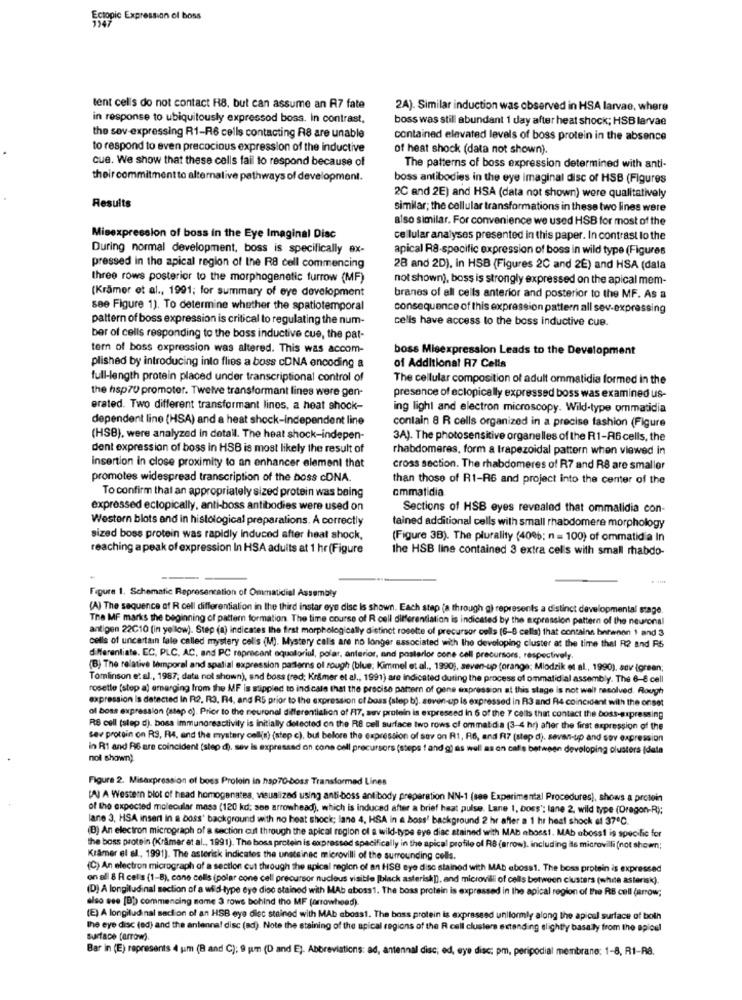
Ectopic Expression of boss
tent cells do not contact R8, but can assume an A7 fate
2A). Similar induction was observed in HSA larvae, where
in response to ubiquitously expressod boss. In contrast,
boss was still abundant 1 day after heat shock; HSB larvae
the sov expressing R1-R6 cells contacting R8 are unable
contained elevated levels of boss protein in the absence
to respond to even precocious expression of the inductive
of heat shock (data not shown).
cue. We show that these cells fail to respond because of
The patterns of boss expression determined with anti-
their commitment to alternalive pathways of development.
boss antibodies in the eye imaginal disc of HSB (Figures
2C and 2E) and HSA (data not shown) were qualitatively
Results
similar; the cellular transformations in these two lines were
also similar. For convenience we used HSB for most of the
Misexpression of boss in the Eye Imaginal Disc
cellular analyses presented in this paper. In contrast to the
During normal development, boss is specifically ex-
apical R8-specific expression of boss in wild type (Figures
pressed in the apical region of the R8 cell commencing
28 and 2D), in HSB (Figures 2C and 2E) and HSA (dala
three rows posterior to the morphogenetic furrow (MF)
not shown), boss is strongly expressed on the apical mem-
(Krämer et al ., 1991; for summary of eye development
branes of all cells anterior and posterior to the MF. As a
see Figure 1). To determine whether the spatiotemporal
consequence of this expression pattern all sev-expressing
pattern of boss expression is critical to regulating the num-
cells have access to the boss inductive cue.
ber of cells responding to the boss inductive cue, the pat-
tern of boss expression was altered. This was accom-
boss Misexpression Leads to the Development
plished by introducing into flies a boss cDNA encoding a
of Additional R7 Cells
full-length protein placed under transcriptional control of
The cellular composition of adult ommatidia formed in the
the hsp70 promoter. Twelve transformant lines were gen-
presence of eclopically expressed boss was examined us-
erated. Two different transformant lines, a heat shock-
ing light and electron microscopy. Wild-type ommatidia
dependent line (HSA) and a heat shock-independent line
contain 8 R cells organized in a precise fashion (Figure
(HSB), were analyzed in detail. The heat shock-indepen-
3A). The photosensitive organelles of the R1-R6 cells, the
dent expression of boss in HSB is most likely the result of
rhabdomeres, form a trapezoidal pattern when viewed in
Insertion in close proximity to an enhancer element that
cross section. The rhabdomeres of R7 and R8 are smallor
promotes widespread transcription of the boss cDNA.
than those of R1-RG and project into the center of the
ommatidia
To confirm that an appropriately sized protein was being
expressed ectopically, anti-boss antibodies were used on
Sections of HSB eyes revealed that ommalidia con-
Western blots and in histological preparations. A correctly
tained additional cells with small rhabdomere morphology
sized boss protein was rapidly induced after heat shock,
(Figure 3B). The plurality (4006; n = 100) of ommatidia In
reaching a peak of expression In HSA adults at 1 hr (Figure
the HSB line contained 3 extra cells with small rhabdo-
Figure 1. Schematic Representation of Ommatidial Assembly
(A) The sequence of R cell differentialion in the third instar eye dise Is shown. Each step (a through gi represents a distinct developmental stage.
The MF marks the beginning of pattern formation The time course of R cell differentiation is indicated by the expression pattern of the neuronal
antigen 22C10 (in yellow). Step (a) indicates the first morphologically distinct rosette of precursor cells (6-8 cells) that contains brinernon 1 and 3
cells of uncertain fale called mystery cells (M). Mystery calis are no longer associated with the developing cluster at the time thel R2 and R5
d'Merenliate. EC, PLC, AC, and PC reprecant equatorial, polar, anterior, and posterior cone cell precursors, respectively.
(B) The relative lemporal and spatial expression patterns of rough (blue; Kimmel et al ., 1990), seven-up (orange; Miodzik et al ., 1990), sev (green;
Tomlinson et al ., 1987; data not shown), and boss (red; Krämer et al ., 1991) are indicated during the process of ommatid al assembly. The 6- cell
rosette [step a) emerging from the MF is stippled to indicate that the precise pattern of gene expression at this stage is not well resolved. Rough
expression Is detected In R2, R3, R4, and R5 prior to the expression of boss (step b). soven-up is expressed in R3 and R4 coincident with the onset
of boss expression (stap o). Prior to the neuronal differentialion of FT, suv protein is expressed in 6 of the 7 cells that contact the boss-expressing
RS cell (step d). boss immunoreactivity is initially detected on the R8 cell surface two rows of ommatidia (3-4 hr) after the first expression of the
sev protein on RS, R4, and the mystery cell(s) (step c), but before the expression of sav on R1, R6, and F17 (step d). seven-up and sov expression
in R1 and R6 are coincident (step d), sev is expressed on cone cell precursors (steps ! and g) as well as on caf's between developing clusters (data
not shown)
Figure 2. Misexpression of boss Protein in hap70-boss Transformed Lines
[A] A Western blot of head homogenates, visualized using anti-boss antibody preparation NN-1 (see Experimental Procedures), shows a protein
of the expected molecular mass (120 kd; see arrowhead), which is induced after a brief haat pulse. Lane 1, boss'; lane 2, wild type (Dragon-R);
lane 3, HSA insert in a boss' background with no heat shock; lane 4, HSA in a boss' background 2 hr after a 1 hr heat shock af 37℃.
(B) An electron micrograph of a section cut through the apical region of a wild-type eye diac stained with MAb aboss1. MAb aboss1 is specihc for
the boss protein (Kramer at al ., 1991). The boss protein is expressed specifically in the apical profile of R8 (arrow), including its microvilli (not shown;
Kramer el al ., 1991). The asterisk indicates the unetsinac microvilli of the surrounding cells.
(C) An electron micrograph of a section cut through the apical region of an HSB eye disc stained with MAb eboss1. The boss protein is expressed
on all 8 Al cells (1-8), cone cells (polar cone cell precursor nucleus visible [black asterisk]), and microvilli of cells between clusters (white asterisk).
(D) A longitudinal section of a wild-type eye disc stained with MAb aboss1. The boss protein is expressed in the apical region of the RB cell (arrow;
also see [B) commencing same 3 rows behind tho MF (arrowhead).
(E) A longitudinal sadion of an HSB eye diec stained with MAb aboss1. The boss protein is expressed uniformly along the apical surface of both
the eye disc (ad) and the antenna! disc (ad). Note the staining of the apical regions of the R cell clusters extending slightly basally from the apicel
surface (arrow).
Bar in (E) represents 4 jam (B and C); 9 pm (D and E). Abbreviations: ad, antennal disc, ed, eye disc: pm, peripodial membrane: 1-8, R1-RB.